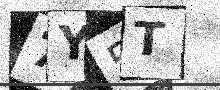
Text: 7Y5T